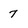
Character: 7